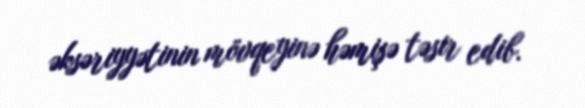
əksəriyyətinin mövqeyinə həmişə təsir edib.